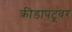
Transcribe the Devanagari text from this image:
क्रीडापटूंवर